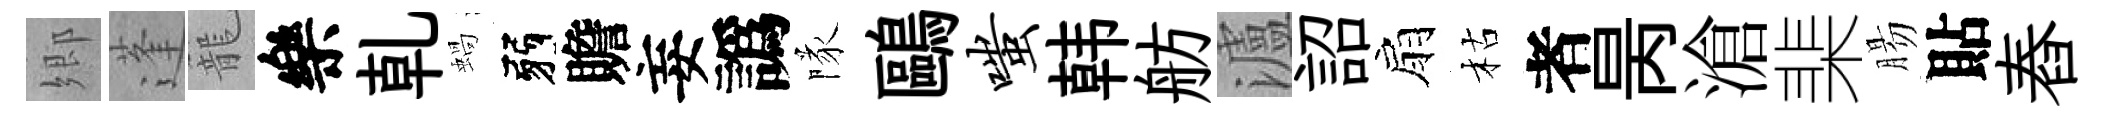
郷蓬籠樂乹蝸弱贍妄譌隊鷗嗤韩舫瀘詔扇枯者昺滄棐腸貼舂